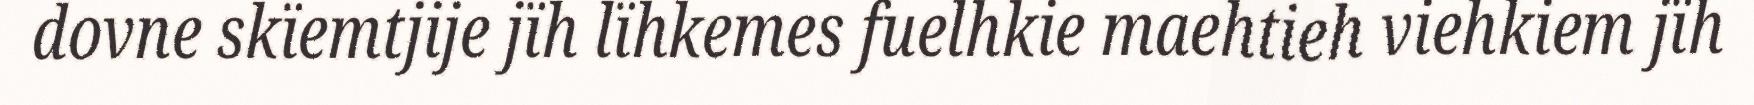
dovne skïemtjije jïh lïhkemes fuelhkie maehtieh viehkiem jïh